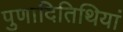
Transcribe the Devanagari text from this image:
पुणादितिथियां